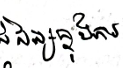
សិស្សក្នុងការ